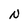
Character: N